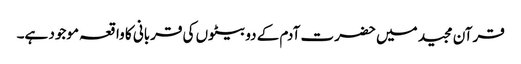
قرآن مجید میں حضرت آدم کے دو بیٹوں کی قربانی کا واقعہ موجود ہے۔